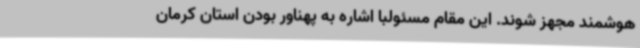
هوشمند مجهز شوند. این مقام مسئولبا اشاره به پهناور بودن استان کرمان